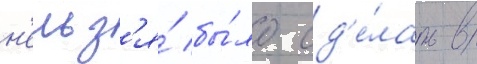
н'ельз'я́ бы́ло сд'е́лать в